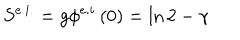
LaTeX: S ^ { e . i . } = g \phi ^ { e . i . } ( 0 ) = \ln 2 - \gamma